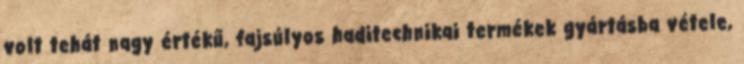
volt tehát nagy értékű, fajsúlyos haditechnikai termékek gyártásba vétele,